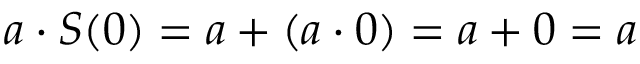
a \cdot S ( 0 ) = a + ( a \cdot 0 ) = a + 0 = a